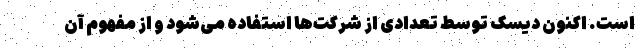
است. اکنون دیسک توسط تعدادی از شرکت‌ها استفاده می‌شود و از مفهوم آن